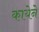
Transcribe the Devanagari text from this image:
कायेने